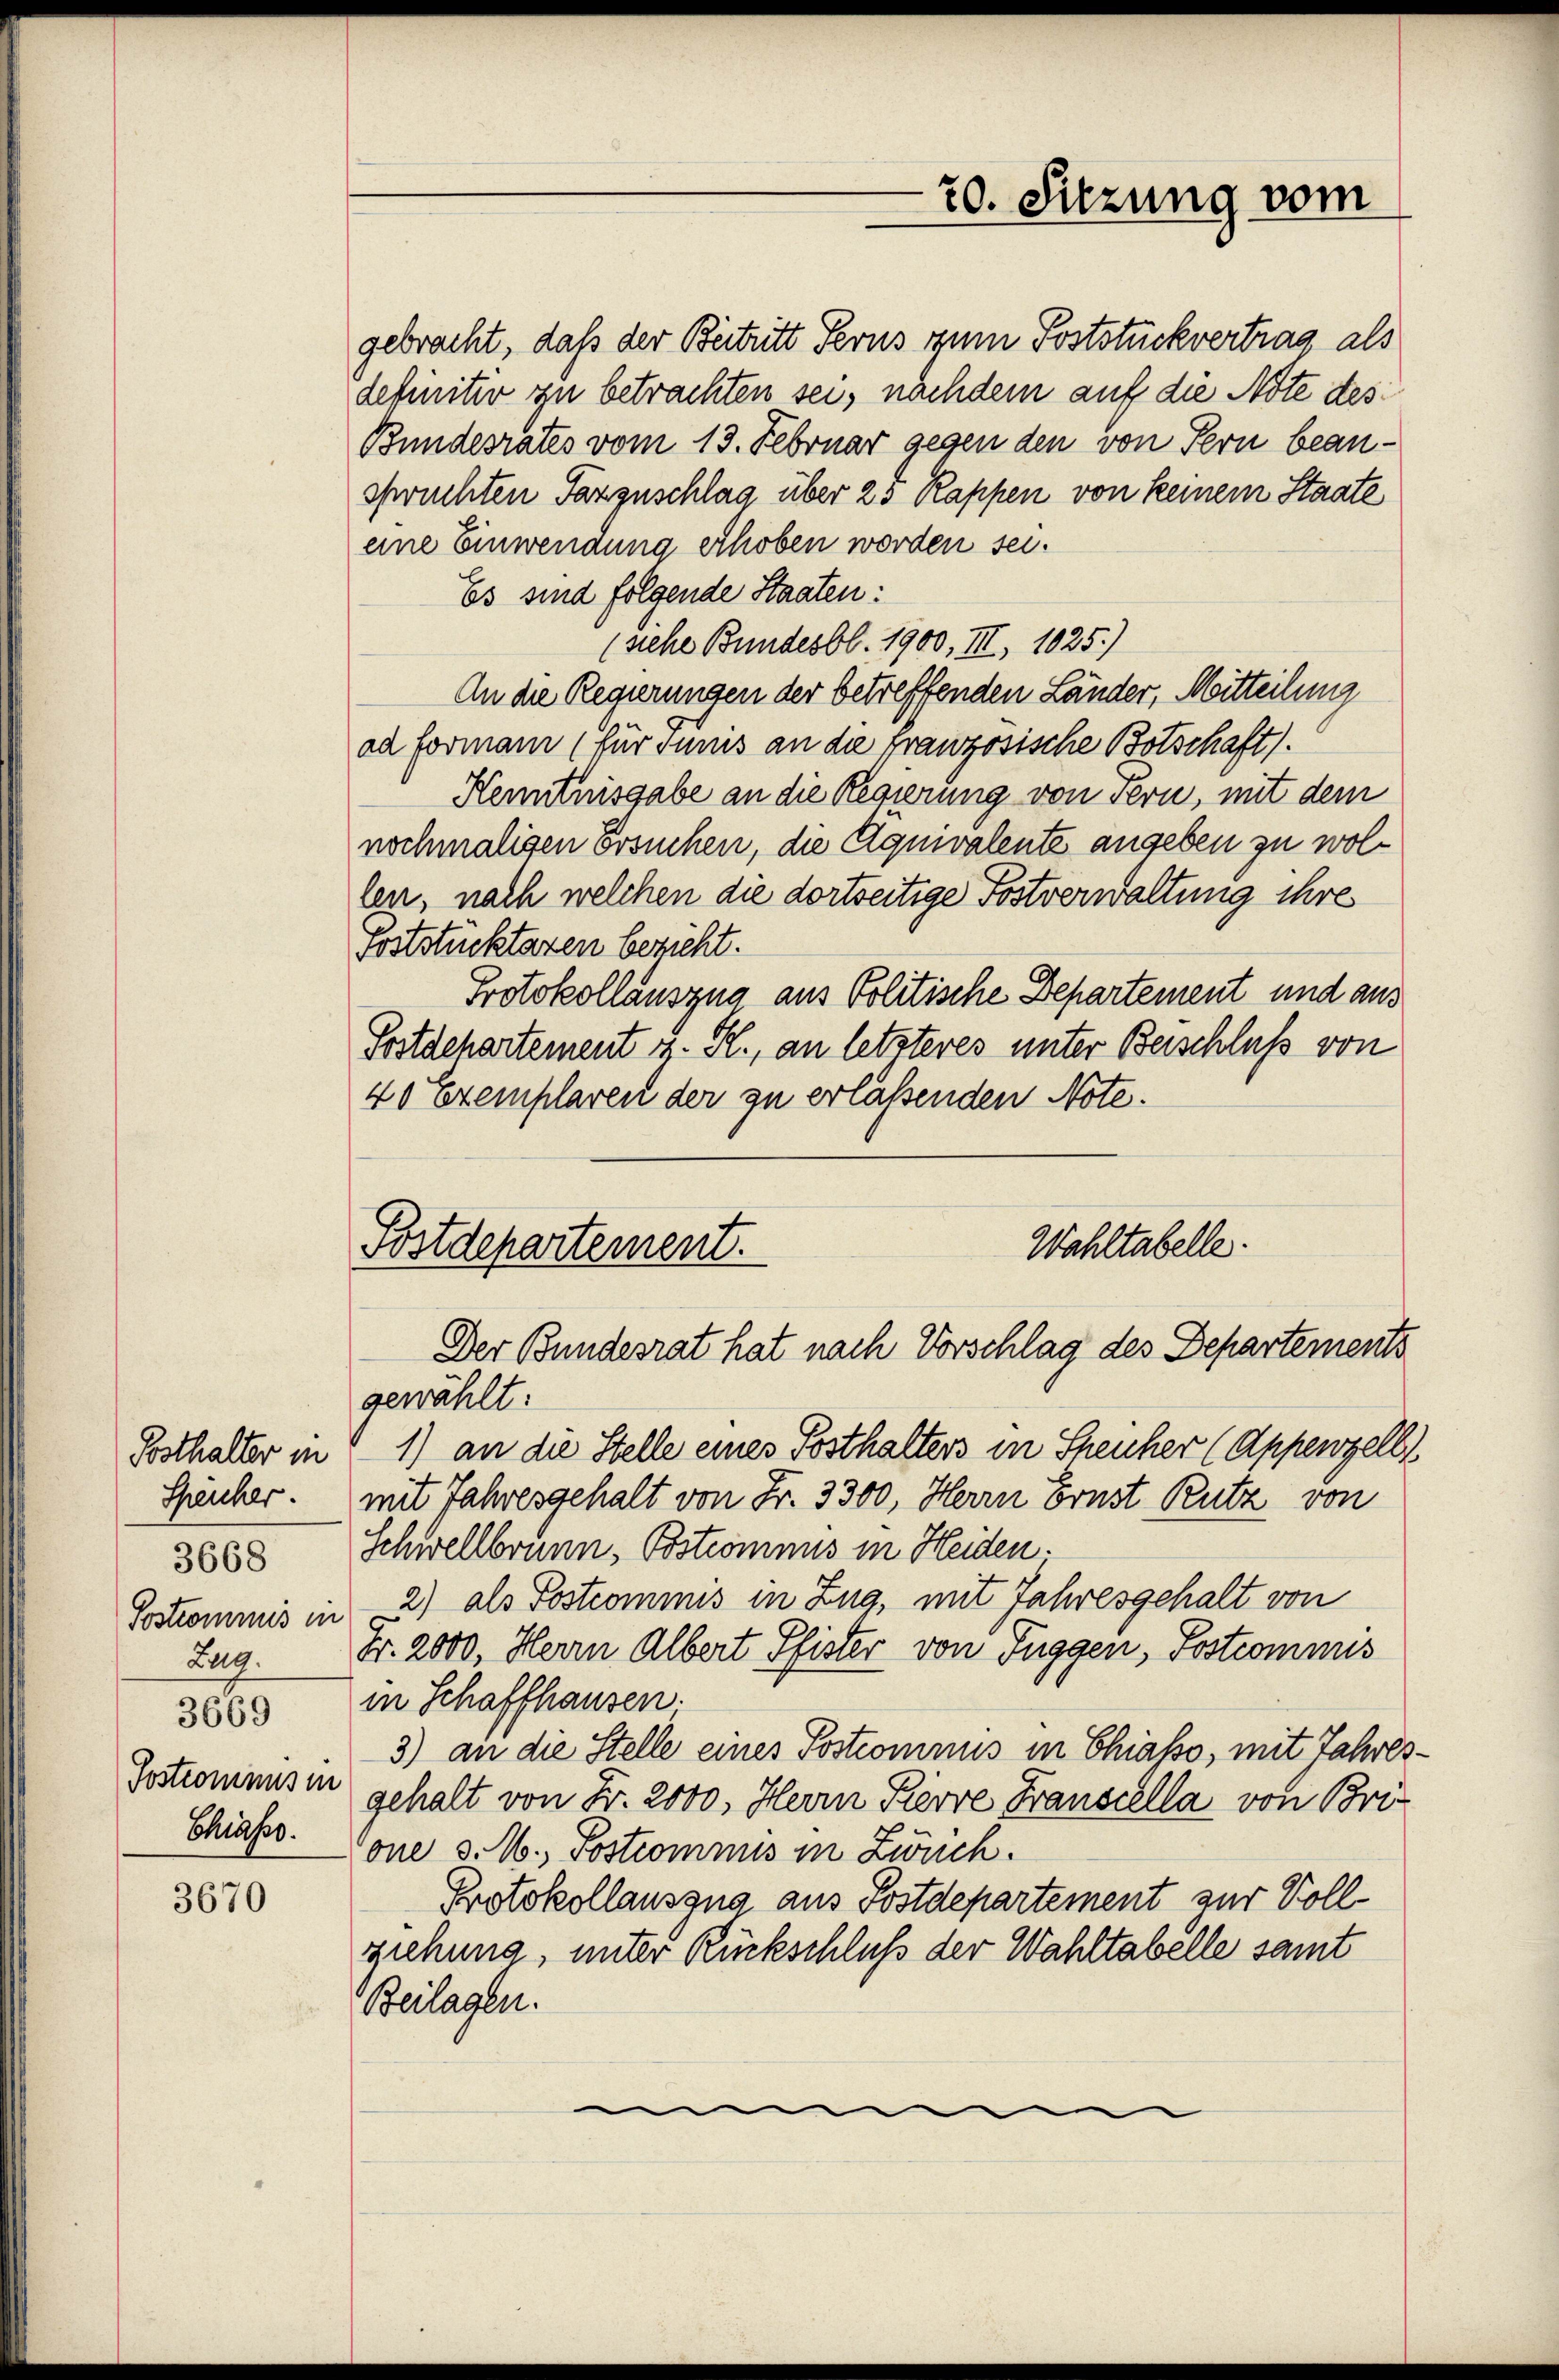
Speicher.
3668
Zug.
3669
Postrominus in
Shises.

3670

gebracht, daß der Beitritt Ferns zum Poststuckvertrag als
definitiv zu betrachten sei, nachdem auf die Note des
Bundesrates vom 13. Februar gegen den von Fern beanspruchten Fazzuschlag über 25 Rappen von keinem Staate
eine Einwendung erhoben worden sei.
Es sind folgende Staaten:
(Siehe Bundesbl. 1900, III, 1025.)
An die Regierungen der betreffenden Länder, Mitteilung
ad formani (für Tunis an die französische Botschaft).
Kenntnisgabe an die Regierung von Fern, mit dem
nochmaligen Ersuchen, die Aquivalente angeben zu wollen, nach welchen die dortseitige Postverwaltung ihre
Foststücktaren bericht.
Protokollauszug aus Politische Departement und aus
Fortschartement z. R., an letzteres unter Beschluß von
40 Exemplaren der zu erlaßenden Note.
Wahltabelle.
Postdepartement.

20. Sitzung vom

Der Bundesrat hat nach Vorschlag des Departements

gewählt:
Sosthalter in 1) an die Stelle eines Posthalters in Sheuher (Appenzell
mit Jahresgehalt von Fr. 3300, Herrn Ernst Rutz von
Schwellbrunn, Postcomnus in Heiden.
Sostrommnis in - 2) als Postcommis in Zug, mit Jahresgehalt von
Fr. 2000, Herrn Albert Pfister von Fuggen, Sostcommis
in Schaffhausen.
3) an die Stelle eines Postcominus in Chiasso, mit Jahresgehalt von Fr. 2000. Herrn Pierre Franscella von Bri
one v. M., Postcommis in Zwuch.
Protokollauszug aus Postdepartement zur Vollziehung, unter Rückschluß der Wahltabelle samt
Beilagen.
.